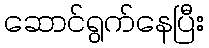
ဆောင်ရွက်နေပြီး